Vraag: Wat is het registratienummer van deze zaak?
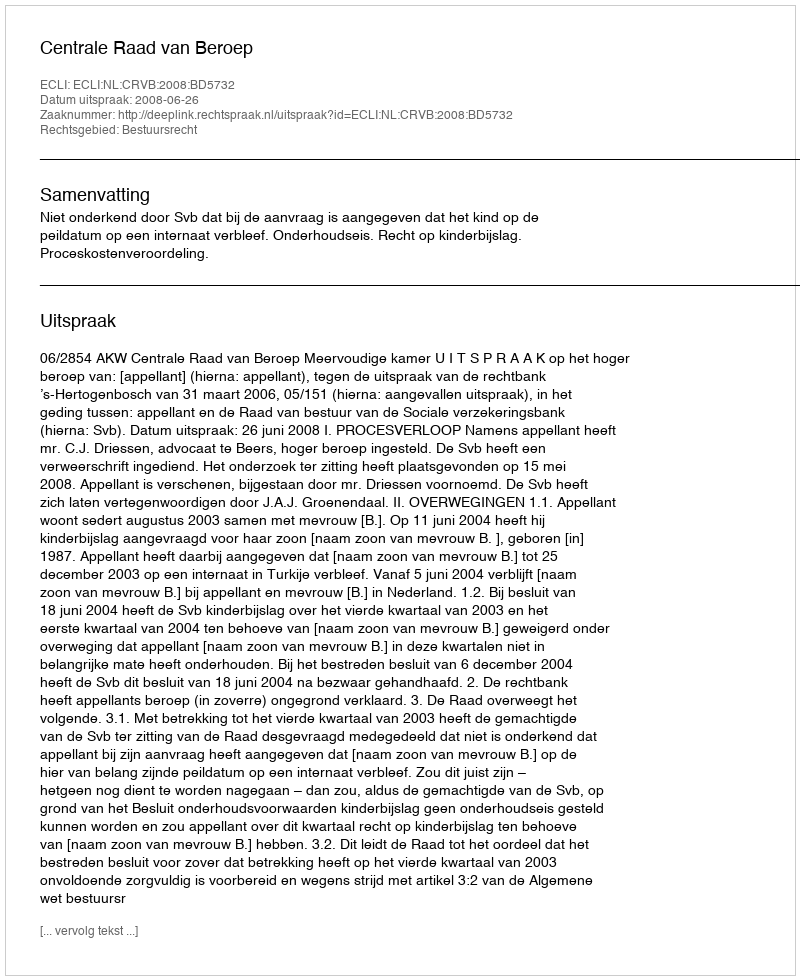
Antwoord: http://deeplink.rechtspraak.nl/uitspraak?id=ECLI:NL:CRVB:2008:BD5732